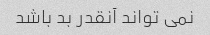
نمی تواند آنقدر بد باشد